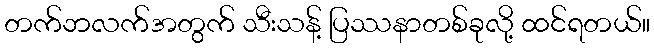
တက်ဘလက်အတွက် သီးသန့် ပြဿနာတစ်ခုလို့ ထင်ရတယ်။